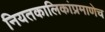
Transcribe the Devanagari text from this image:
नियतकालिकांप्रमाणेच